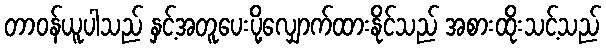
တာဝန်ယူပါသည် နှင့်အတူပေးပို့လျှောက်ထားနိုင်သည် အစားထိုးသင့်သည်